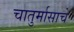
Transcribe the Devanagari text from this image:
चातुर्मासाचे